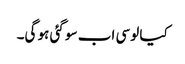
کیا لوسی اب سو گئی ہو گی۔